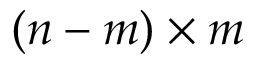
( n - m ) \times m